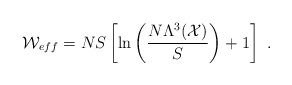
LaTeX: \begin{align*} {\cal W}_{\small{eff}}=NS\left[\ln \left(N\Lambda^3 ({\cal X})\over S\right)+1\right]~.\end{align*}